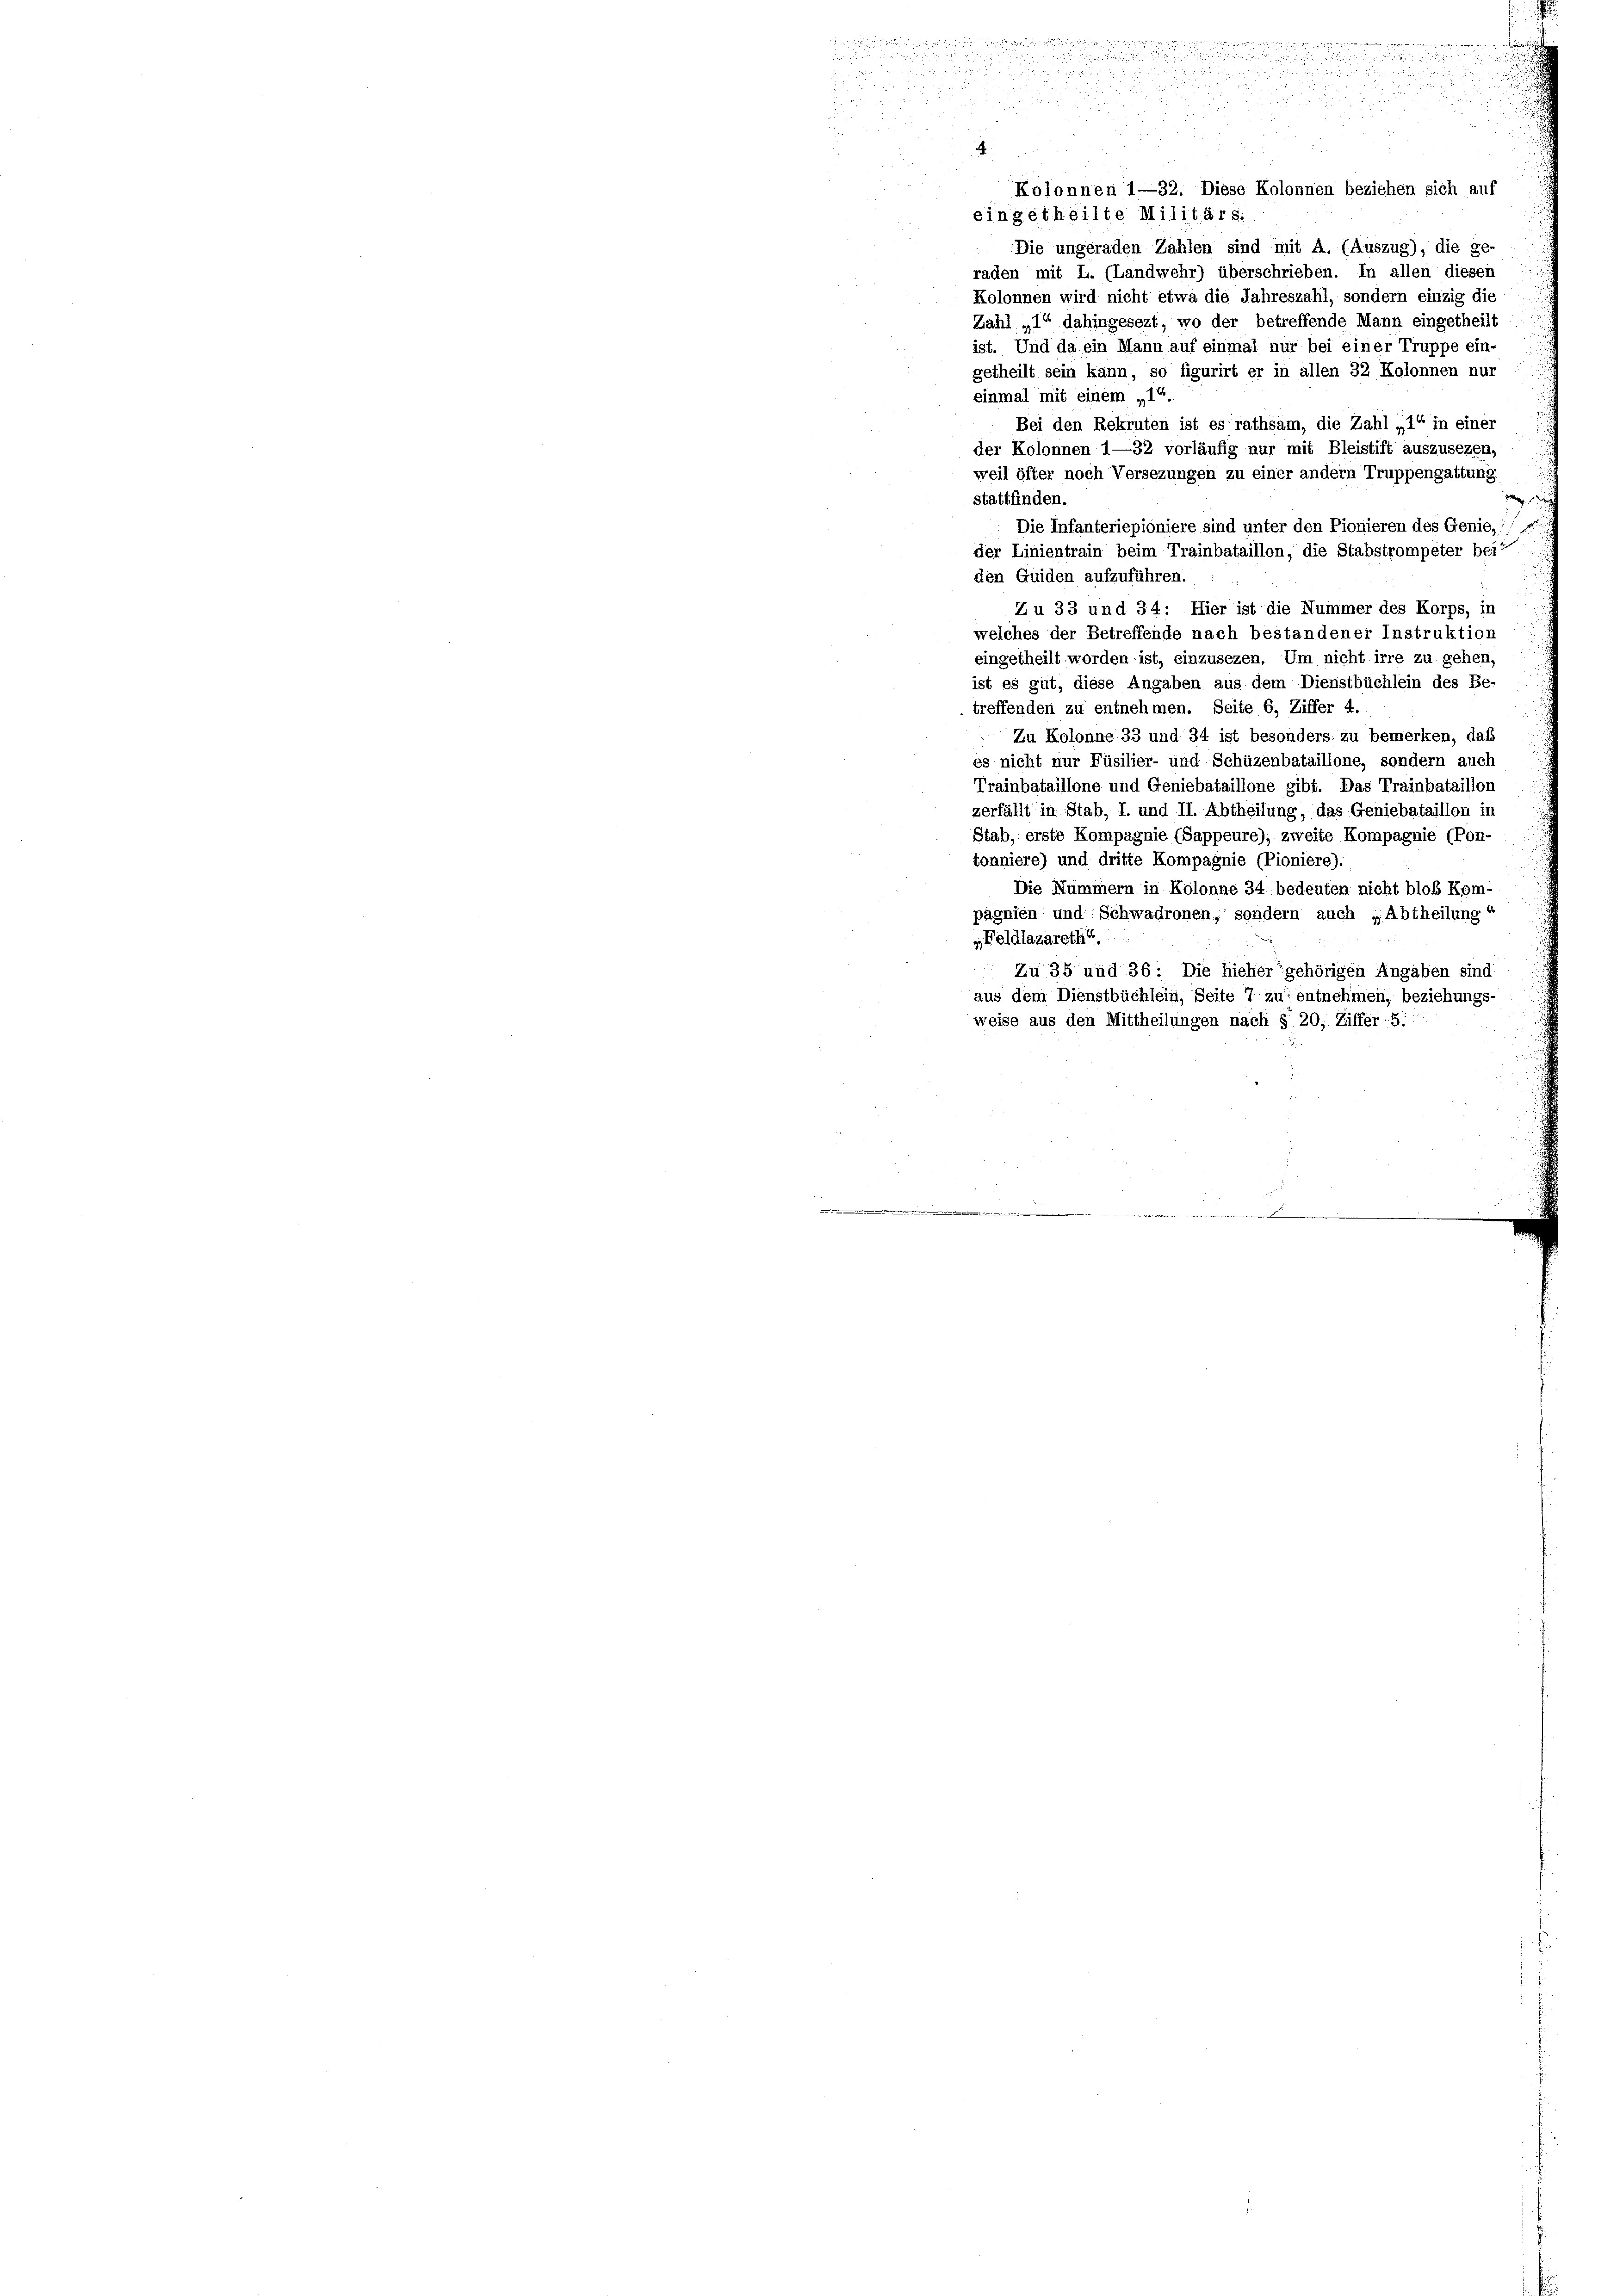
ine
u

zu 2 Teig rufen und

 . . . 1807.
d
.

f

A
Kolonnen 1—32. Diese Kolonnen beziehen sich auf
eingetheilte Militärs.
Die ungeraden Zahlen sind mit A. (Auszug), die ge-
raden mit L. (Landwehr) überschrieben. In allen diesen
Kolonnen wird nicht etwa die Jahreszahl, sondern einzig die
Zahl „1° dahingesezt, wo der betreffende Mann eingetheilt
ist. Und da ein Mann auf einmal nur bei einer Truppe ein-
getheilt sein kann, so figurirt er in allen 32 Kolonnen nur
einmal mit einem „14.
Bei den Rekruten ist es rathsam, die Zahl „1“ in einer
der Kolonnen 1—32 vorläufig nur mit Bleistift auszusezen,
weil öfter noch Versezungen zu einer andern Truppengattung
stattfinden.
d
Die Infanteriepioniere sind unter den Pionieren des Genie,
der Linientrain beim Trainbataillon, die Stabstrompeter bei
den Guiden aufzuführen.
Zu 33 und 34: Hier ist die Nummer des Korps, in
welches der Betreffende nach bestandener Instruktion
eingetheilt worden ist, einzusezen. Um nicht irre zu gehen.
ist es gut, diese Angaben aus dem Dienstbüchlein des Be-
treffenden zu entnehmen. Seite 6, Ziffer 4.
Zu Kolonne 33 und 34 ist besonders zu bemerken, daß
es nicht nur Füsilier- und Schüzenbataillone, sondern auch
Trainbataillone und Geniebataillone gibt. Das Trainbataillon
zerfällt in Stab, I. und II. Abtheilung, das Geniebataillon in
Stab, erste Kompagnie (Sappeure), zweite Kompagnie (Pon-
tonniere) und dritte Kompagnie (Pioniere).
Die Nummern in Kolonne 34 bedeuten nicht bloß Kom-
pagnien und Schwadronen, sondern auch „Abtheilung
„Feldlazarethi
Zu 35 und 36: Die hieher gehörigen Angaben sind
aus dem Dienstbüchlein, Seite 7 zu entnehmen, beziehungs-
weise aus den Mittheilungen nach § 20, Ziffer:5: